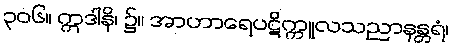
၃၀၆။ ဣဒါနိ၊ ၌။ အာဟာရေပဋိက္ကူလသညာနန္တရံ၊